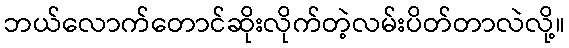
ဘယ်လောက်တောင်ဆိုးလိုက်တဲ့လမ်းပိတ်တာလဲလို့။